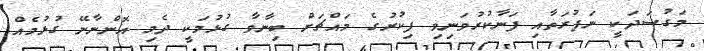
މަގުސަދަކީ ނަފުރަތާއި ފަނާކުރުވަނިވި ފިކުރުގެ މައްޗަށް ބިނާވާ ގުޅުމަކީ ދެމި އޮންނާނޭ ގުޅުމެއް